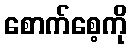
စောက်စေ့ကို